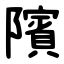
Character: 䧬